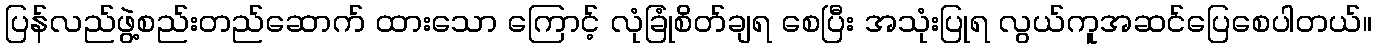
ပြန်လည်ဖွဲ့စည်းတည်ဆောက် ထားသော ကြောင့် လုံခြုံစိတ်ချရ စေပြီး အသုံးပြုရ လွယ်ကူအဆင်ပြေစေပါတယ်။